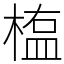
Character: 𣖻